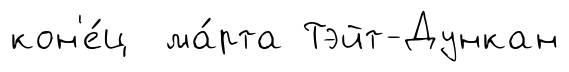
кон'е́ц ма́рта Тэйт-Дункан